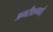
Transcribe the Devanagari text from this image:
अमरीशभाई